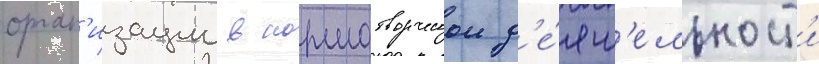
орган'изации в нормотворческои д'е́ят'ельност'и